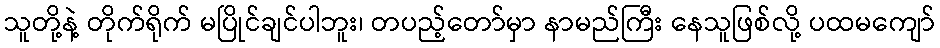
သူတို့နဲ့ တိုက်ရိုက် မပြိုင်ချင်ပါဘူး၊ တပည့်တော်မှာ နာမည်ကြီး နေသူဖြစ်လို့ ပထမကျော်